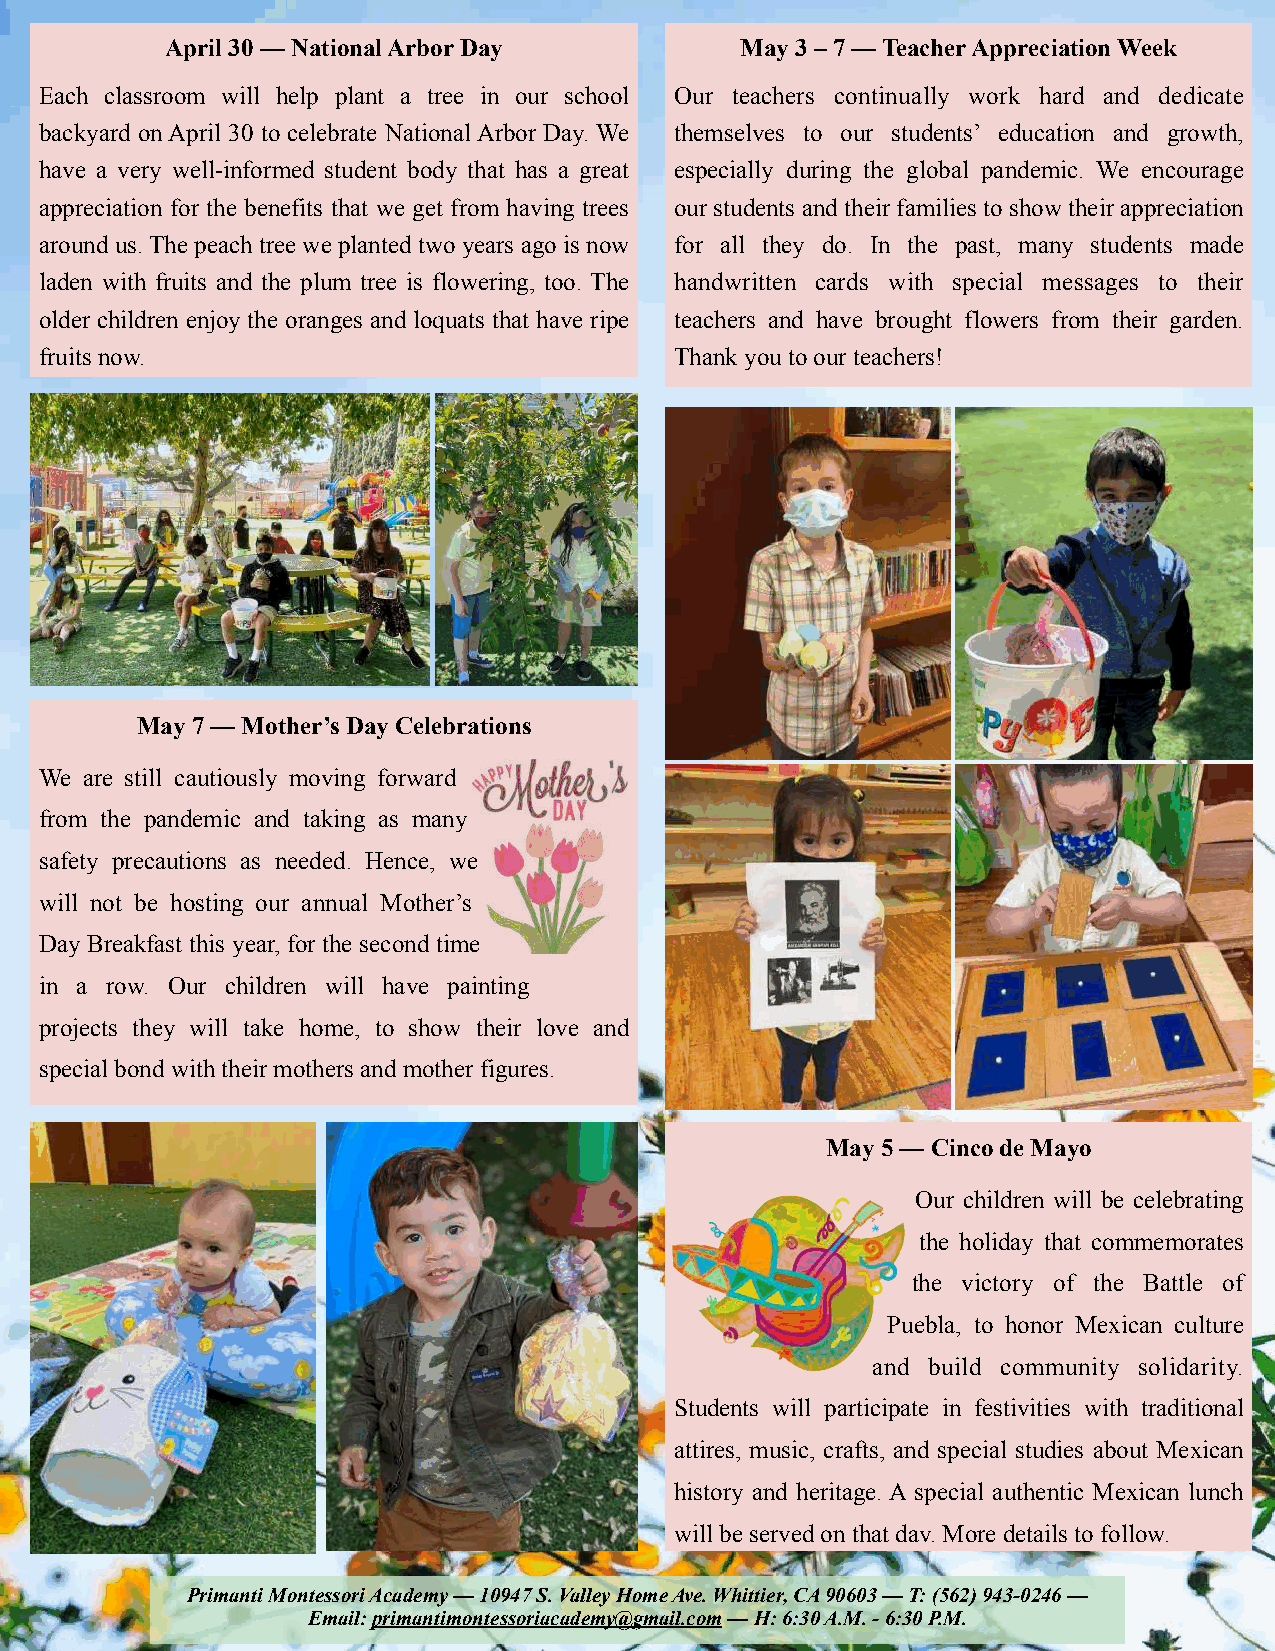
April 30 — National Arbor Day         May 3 – 7 — Teacher Appreciation Week
 Each classroom will help plant a tree in our school Our teachers continually work hard and dedicate
 backyard on April 30 to celebrate National Arbor Day. We themselves to our students’ education and growth,
 have a very well-informed student body that has a great especially during the global pandemic. We encourage
 appreciation for the benefits that we get from having trees our students and their families to show their appreciation
 around us. The peach tree we planted two years ago is now for all they do. In the past, many students made
 laden with fruits and the plum tree is flowering, too. The handwritten cards with special messages to their
 older children enjoy the oranges and loquats that have ripe teachers and have brought flowers from their garden.
 fruits now.                               Thank you to our teachers!
 May 7 — Mother’s Day Celebrations
 We are still cautiously moving forward
 from the pandemic and taking as many
 safety precautions as needed. Hence, we
 will not be hosting our annual Mother’s
 Day Breakfast this year, for the second time
 in a row. Our children will have painting
 projects they will take home, to show their love and
 special bond with their mothers and mother figures.
 May 5 — Cinco de Mayo
 Our children will be celebrating
 the holiday that commemorates
 the victory of the Battle of
 Puebla, to honor Mexican culture
 and build community solidarity.
 Students will participate in festivities with traditional
 attires, music, crafts, and special studies about Mexican
 history and heritage. A special authentic Mexican lunch
 will be served on that day. More details to follow.
 Primanti Montessori Academy — 10947 S. Valley Home Ave. Whittier, CA 90603 — T: (562) 943-0246 —
 Email: primantimontessoriacademy@gmail.com — H: 6:30 A.M. - 6:30 P.M.